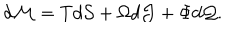
d \mathcal { M } = T d \mathcal { S } + \Omega d \mathcal { J } + \Phi d \mathcal { Q } .